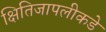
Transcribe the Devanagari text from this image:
क्षितिजापलीकडे